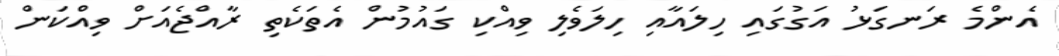
އެންމެ ރަނގަޅު އަގުގައި ހިލައާއި ހިލަވެލި ވިއްކި ގައުމުން އެތަކެތި ރާއްޖެއަށް ވިއްކަން